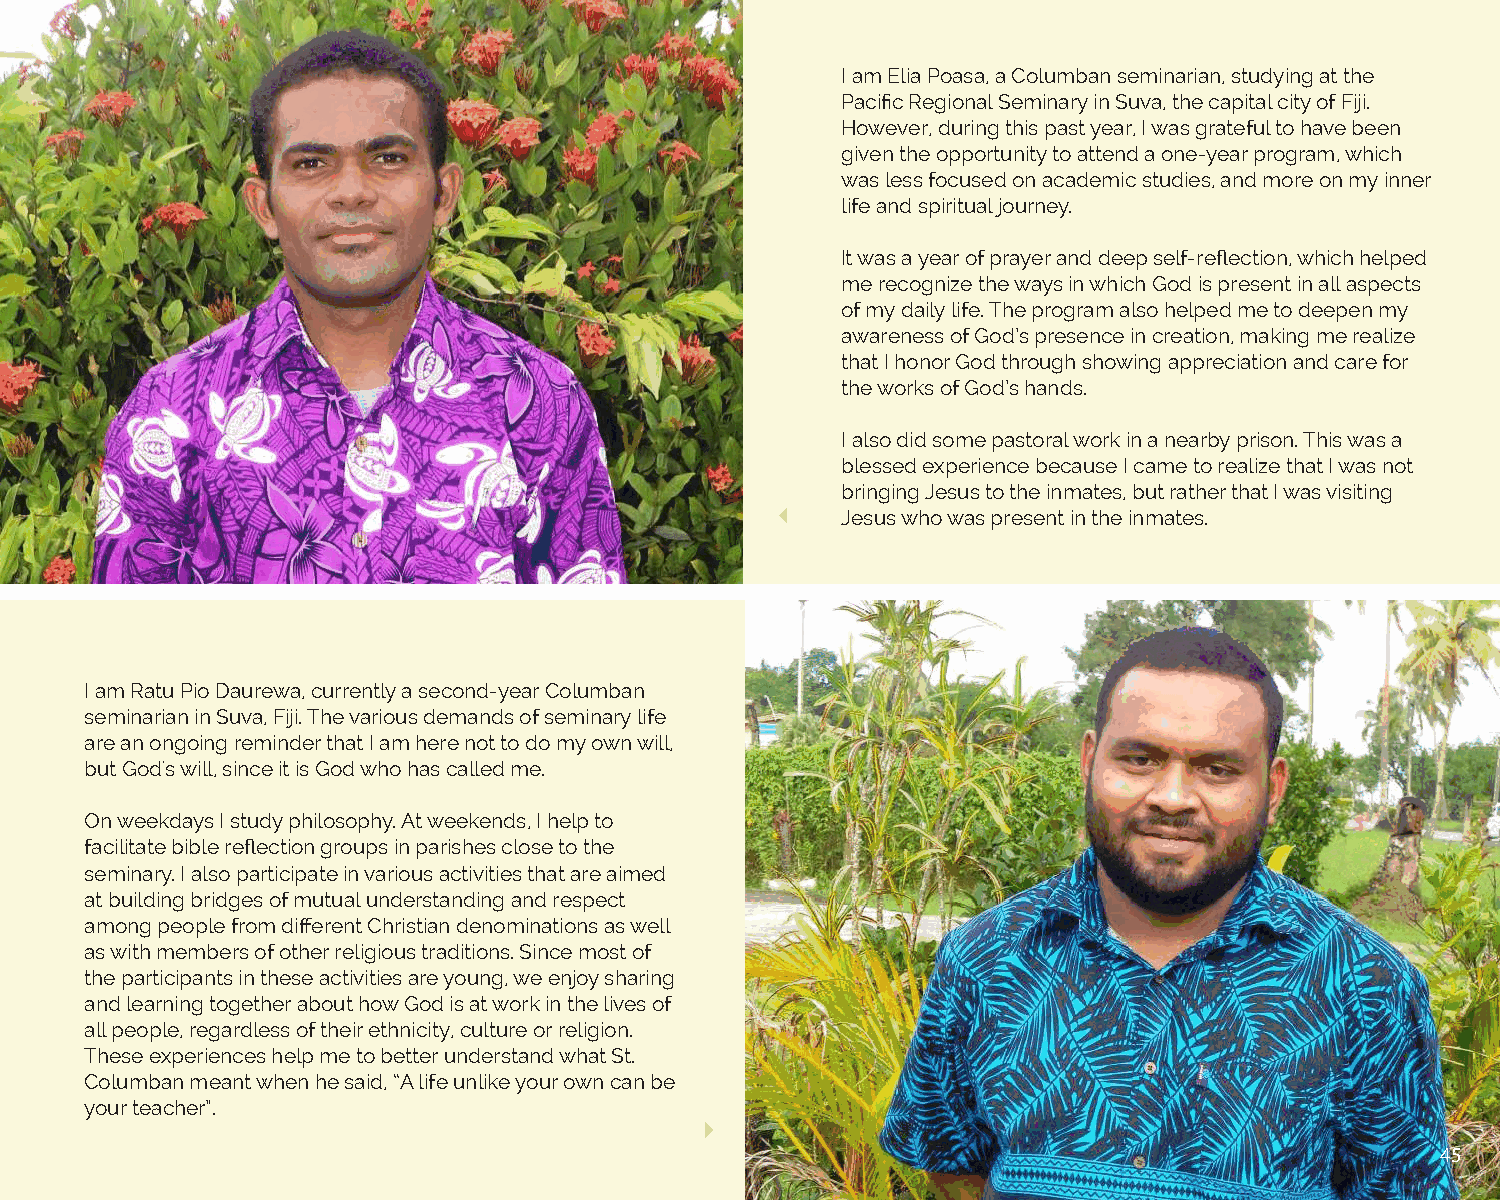
I am Elia Poasa, a Columban seminarian, studying at the
 Pacific Regional Seminary in Suva, the capital city of Fiji.
 However, during this past year, I was grateful to have been
 given the opportunity to attend a one-year program, which
 was less focused on academic studies, and more on my inner
 life and spiritual journey.
 It was a year of prayer and deep self-reflection, which helped
 me recognize the ways in which God is present in all aspects
 of my daily life. The program also helped me to deepen my
 awareness of God’s presence in creation, making me realize
 that I honor God through showing appreciation and care for
 the works of God’s hands.
 I also did some pastoral work in a nearby prison. This was a
 blessed experience because I came to realize that I was not
 bringing Jesus to the inmates, but rather that I was visiting
 Jesus who was present in the inmates.
 I am Ratu Pio Daurewa, currently a second-year Columban
 seminarian in Suva, Fiji. The various demands of seminary life
 are an ongoing reminder that I am here not to do my own will,
 but God's will, since it is God who has called me.
 On weekdays I study philosophy. At weekends, I help to
 facilitate bible reflection groups in parishes close to the
 seminary. I also participate in various activities that are aimed
 at building bridges of mutual understanding and respect
 among people from different Christian denominations as well
 as with members of other religious traditions. Since most of
 the participants in these activities are young, we enjoy sharing
 and learning together about how God is at work in the lives of
 all people, regardless of their ethnicity, culture or religion.
 These experiences help me to better understand what St.
 Columban meant when he said, “A life unlike your own can be
 your teacher”.
 45